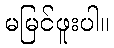
မမြင်ဖူးပါ။